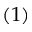
( 1 )